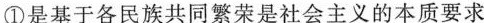
①是基于各民族共同繁荣是社会主义的本质要求